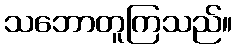
သဘောတူကြသည်။